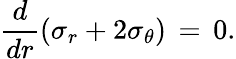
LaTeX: \frac{d}{dr}\left(\sigma_{r}+2\sigma_{\theta}\right)\, =\, 0.